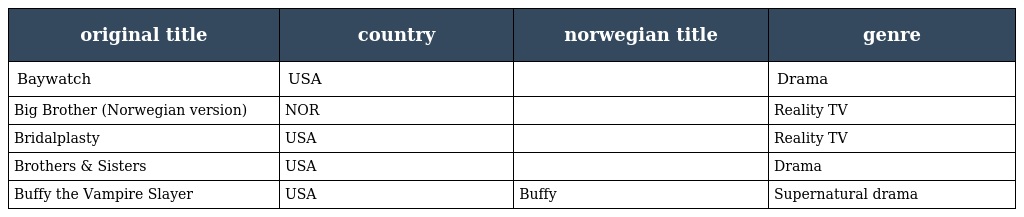
| original title | country | norwegian title | genre |
 | --- | --- | --- | --- |
 | Baywatch | USA |  | Drama |
 | Big Brother (Norwegian version) | NOR |  | Reality TV |
 | Bridalplasty | USA |  | Reality TV |
 | Brothers & Sisters | USA |  | Drama |
 | Buffy the Vampire Slayer | USA | Buffy | Supernatural drama |